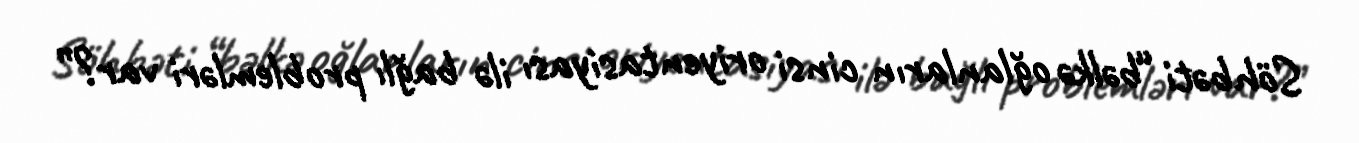
Söhbəti “bəlkə oğlanların cinsi oriyentasiyası ilə bağlı problemləri var?”